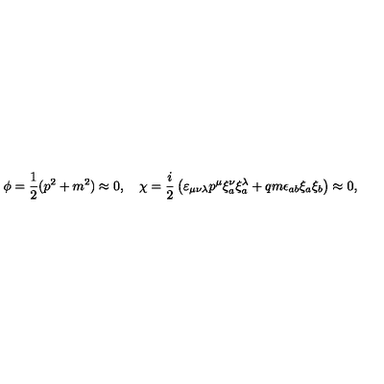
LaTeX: \phi = \frac { 1 } { 2 } ( p ^ { 2 } + m ^ { 2 } ) \approx 0 , \quad \chi = \frac { i } { 2 } \left( \varepsilon _ { \mu \nu \lambda } p ^ { \mu } \xi _ { a } ^ { \nu } \xi _ { a } ^ { \lambda } + q m \epsilon _ { a b } \xi _ { a } \xi _ { b } \right) \approx 0 ,